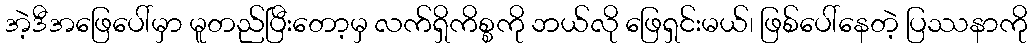
အဲ့ဒီအဖြေပေါ်မှာ မူတည်ပြီးတော့မှ လက်ရှိကိစ္စကို ဘယ်လို ဖြေရှင်းမယ်၊ ဖြစ်ပေါ်နေတဲ့ ပြဿနာကို